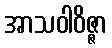
အာသဝါဝိဇ္ဇာ